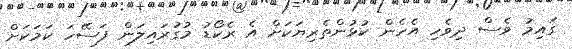
ގައިމު ވެސް ދިވެހި އެހެން ކުޅުންތެރިޔަކަށް އެ ރެކޯޑު މުގުރައިލަން ފަސޭހަ ކަމަކަށް